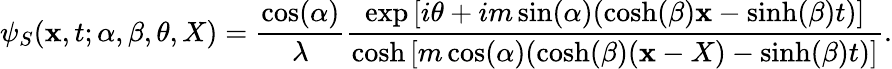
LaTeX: \psi_{S}(\mathbf{x},t;\alpha,\beta,\theta,X)=\frac{{\cos(\alpha)}}{{\lambda}}\frac{{\exp\left[i\theta+im\sin(\alpha)(\cosh(\beta)\mathbf{x}-\sinh(\beta)t)\right]}}{{\cosh\left[m\cos(\alpha)(\cosh(\beta)(\mathbf{x}-X)-\sinh(\beta)t)\right]}}.